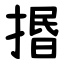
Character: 㨉